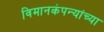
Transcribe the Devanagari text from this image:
विमानकंपन्यांच्या